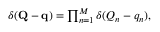
\begin{array} { r } { \delta ( \mathbf { Q } - \mathbf { q } ) = \prod _ { n = 1 } ^ { M } \delta ( Q _ { n } - q _ { n } ) , } \end{array}